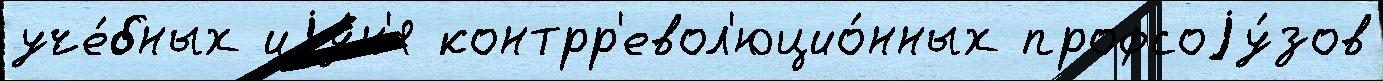
уче́бных иjу́н'я контрр'евол'юцио́нных профсоjу́зов